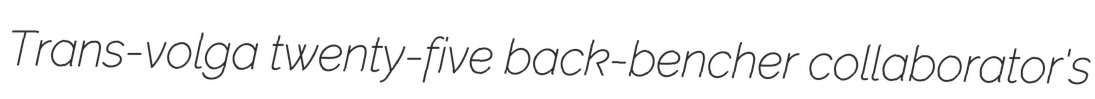
Trans-volga twenty-five back-bencher collaborator's